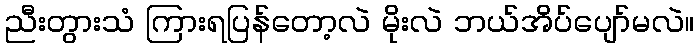
ညီးတွားသံ ကြားရပြန်တော့လဲ မိုးလဲ ဘယ်အိပ်ပျော်မလဲ။